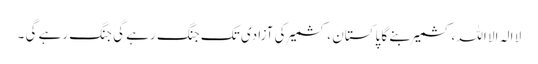
لا الہ الا اللہ ،کشمیر بنے گا پاکستان ، کشمیر کی آزادی تک جنگ رہے گی جنگ رہے گی ۔